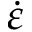
\dot { \varepsilon }